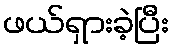
ဖယ်ရှားခဲ့ပြီး